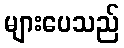
များပေသည်